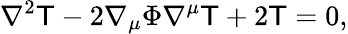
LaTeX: \nabla^{2}\mathsf{T}-2\nabla_{\mu}\Phi\nabla^{\mu}\mathsf{T}+2\mathsf{T}=0,